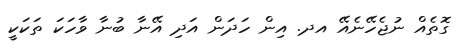
ގޮތެއް ނުޖެހޭނެއޭ އދ. އިން ހަދަން އަދި އޭނާ ބުނާ ވާހަކަ ތަކަކީ